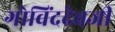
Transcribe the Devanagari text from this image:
गोविंददेवजी